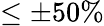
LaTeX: \leq\pm 50\%